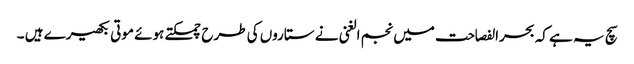
سچ یہ ہے کہ بحرالفصاحت میں نجم الغنی نے ستاروں کی طرح چمکتے ہوئے موتی بکھیرے ہیں ۔